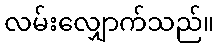
လမ်းလျှောက်သည်။